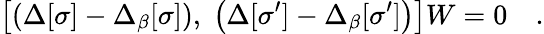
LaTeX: \left[\left(\Delta[\sigma]-\Delta_{\beta}[\sigma]\right),\; \left(\Delta[\sigma^{\prime}]-\Delta_{\beta}[\sigma^{\prime}]\right)\right]W=0\quad.